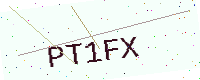
Text: PT1FX